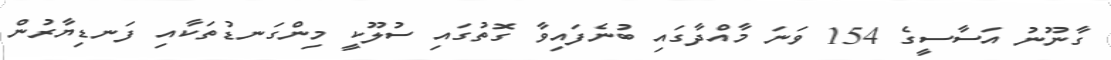
ގާނޫނު އަސާސީގެ 154 ވަނަ މާއްދާގައި ބުނެފައިވާ ގޮތުގައި ސުލޫކީ މިންގަނޑުތަކާއި ފަނޑިޔާރުން